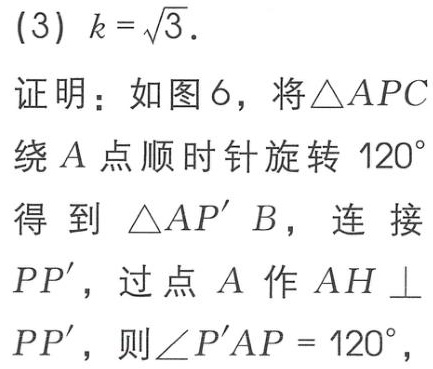
(3) \(k = \sqrt{3}\).
证明：如图6，将\(\triangle APC\)绕\(A\)点顺时针旋转\(120^{\circ}\)得到\(\triangle AP'B\)，连接\(PP'\)，过点\(A\)作\(AH\perp PP'\)，则\(\angle P'AP = 120^{\circ}\)，